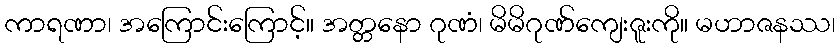
ကာရဏာ၊ အကြောင်းကြောင့်။ အတ္တနော ဂုဏံ၊ မိမိဂုဏ်ကျေးဇူးကို။ မဟာဇနဿ၊